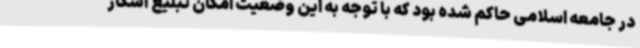
در جامعه اسلامی حاکم شده بود که با توجه به این وضعیت امکان تبلیغ آشکار